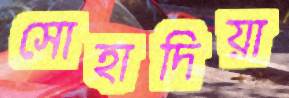
সোহাদিয়া